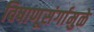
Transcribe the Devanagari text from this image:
विषाणूसंर्गामुळे